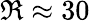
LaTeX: \Re\approx 30